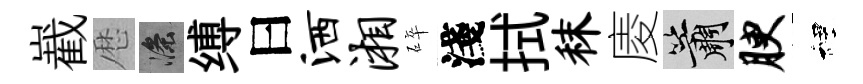
嶻厯滌缚曰洒湘碎淺拭秣庱簫腴裡